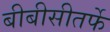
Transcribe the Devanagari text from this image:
बीबीसीतर्फे